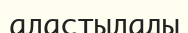
аластылады